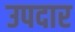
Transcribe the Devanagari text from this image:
उपदार